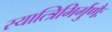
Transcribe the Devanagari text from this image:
स्यात्त्रिभिर्गुणैः